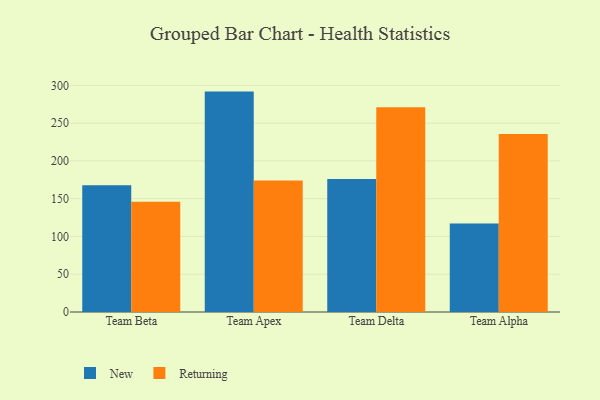
{"axis": {"x": "Team", "y": "Market Share (%)"}, "legend": ["New", "Returning"], "data": [{"x": "Team Beta", "y": 167.6, "type": "New"}, {"x": "Team Beta", "y": 146.0, "type": "Returning"}, {"x": "Team Apex", "y": 291.7, "type": "New"}, {"x": "Team Apex", "y": 174.1, "type": "Returning"}, {"x": "Team Delta", "y": 176.0, "type": "New"}, {"x": "Team Delta", "y": 271.0, "type": "Returning"}, {"x": "Team Alpha", "y": 117.0, "type": "New"}, {"x": "Team Alpha", "y": 235.5, "type": "Returning"}]}